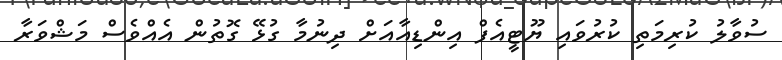
ސުވާލު ކުރިމަތި ކުރުވައި ޔޫޓީއެފް އިންޑިއާއަށް ދިނުމާ ގުޅޭ ގޮތުން އެއްވެސް މަޝްވަރާ